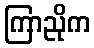
ကြာညိုက